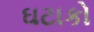
ઘટાકો